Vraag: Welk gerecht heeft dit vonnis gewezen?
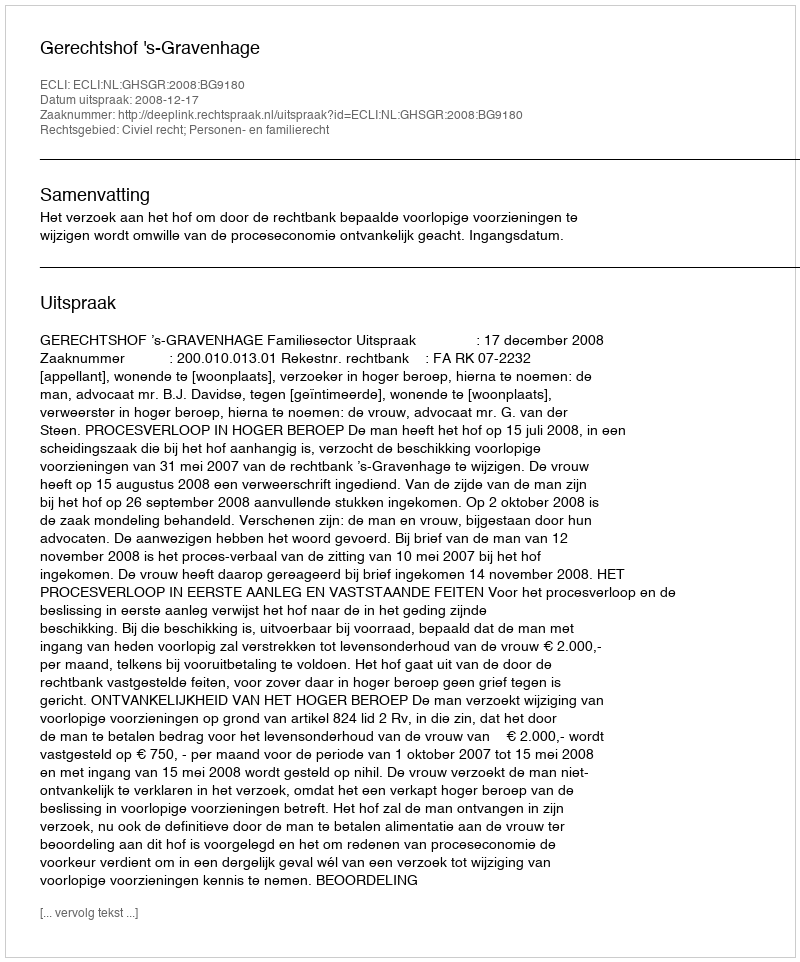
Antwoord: Gerechtshof 's-Gravenhage